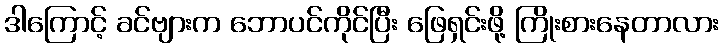
ဒါကြောင့် ခင်ဗျားက ဘောပင်ကိုင်ပြီး ဖြေရှင်းဖို့ ကြိုးစားနေတာလား